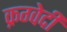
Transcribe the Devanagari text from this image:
क्रग्वेदी